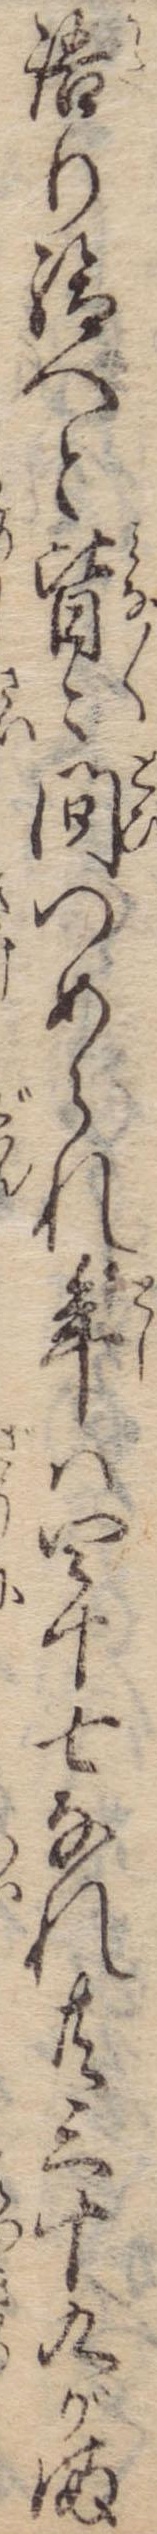
語り給へと皆々問つめられ年は四十七なれ共三十九がま